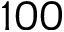
1 0 0